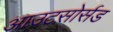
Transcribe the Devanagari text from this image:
आउटसोर्सड